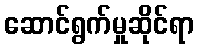
ဆောင်ရွက်မှုဆိုင်ရာ